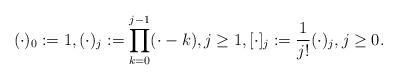
LaTeX: \begin{align*} (\cdot)_0 :=1, (\cdot)_j := \prod_{k=0}^{j-1} (\cdot - k ),j\ge 1, [\cdot]_j := \frac{1}{j!} (\cdot)_j,j\ge 0.\end{align*}